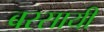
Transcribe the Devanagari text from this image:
बरसायी